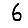
Digit: 6